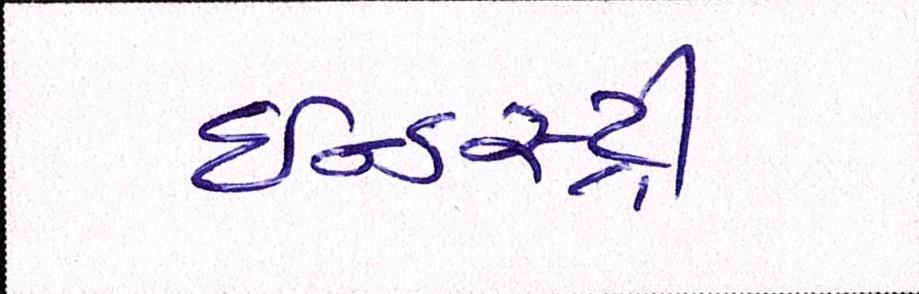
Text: ઈન્ડસ્ટ્રી